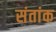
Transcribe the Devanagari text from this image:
संतांक